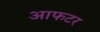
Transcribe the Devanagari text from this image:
आफटर